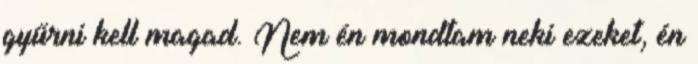
gyűrni kell magad. Nem én mondtam neki ezeket, én